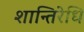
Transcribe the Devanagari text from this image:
शान्तिरेधि